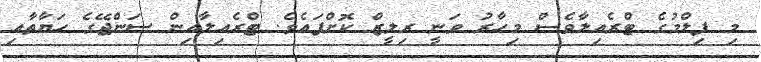
މި ފިލްމުގެ ޓްރެއިލާވެސް މިހާރު ވަނީ ރިލީޒް ކޮށްފައެވެ. ޓްރެއިލާއިން ސަންޖޭގެ ހަޔާތާއި